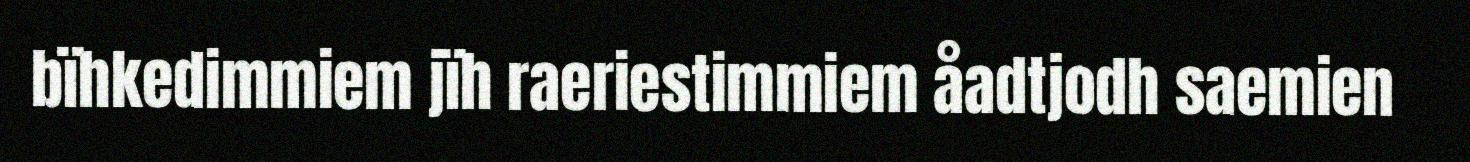
bïhkedimmiem jïh raeriestimmiem åadtjodh saemien